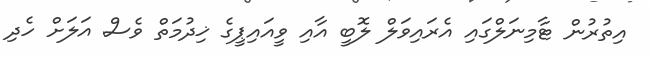
އިތުރުން ޓާމިނަލްގައި އެރައިވަލް ލޮބީ އާއި ވީއައިޕީގެ ޚިދުމަތް ވެސް އަލަށް ހެދި